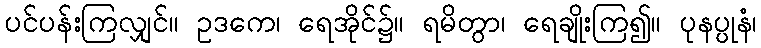
ပင်ပန်းကြလျှင်။ ဥဒကေ၊ ရေအိုင်၌။ ရမိတွာ၊ ရေချိုးကြ၍။ ပုနပ္ပုနံ၊